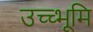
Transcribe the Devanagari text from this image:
उच्च्भूमि